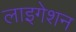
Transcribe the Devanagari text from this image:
लाइगेशन